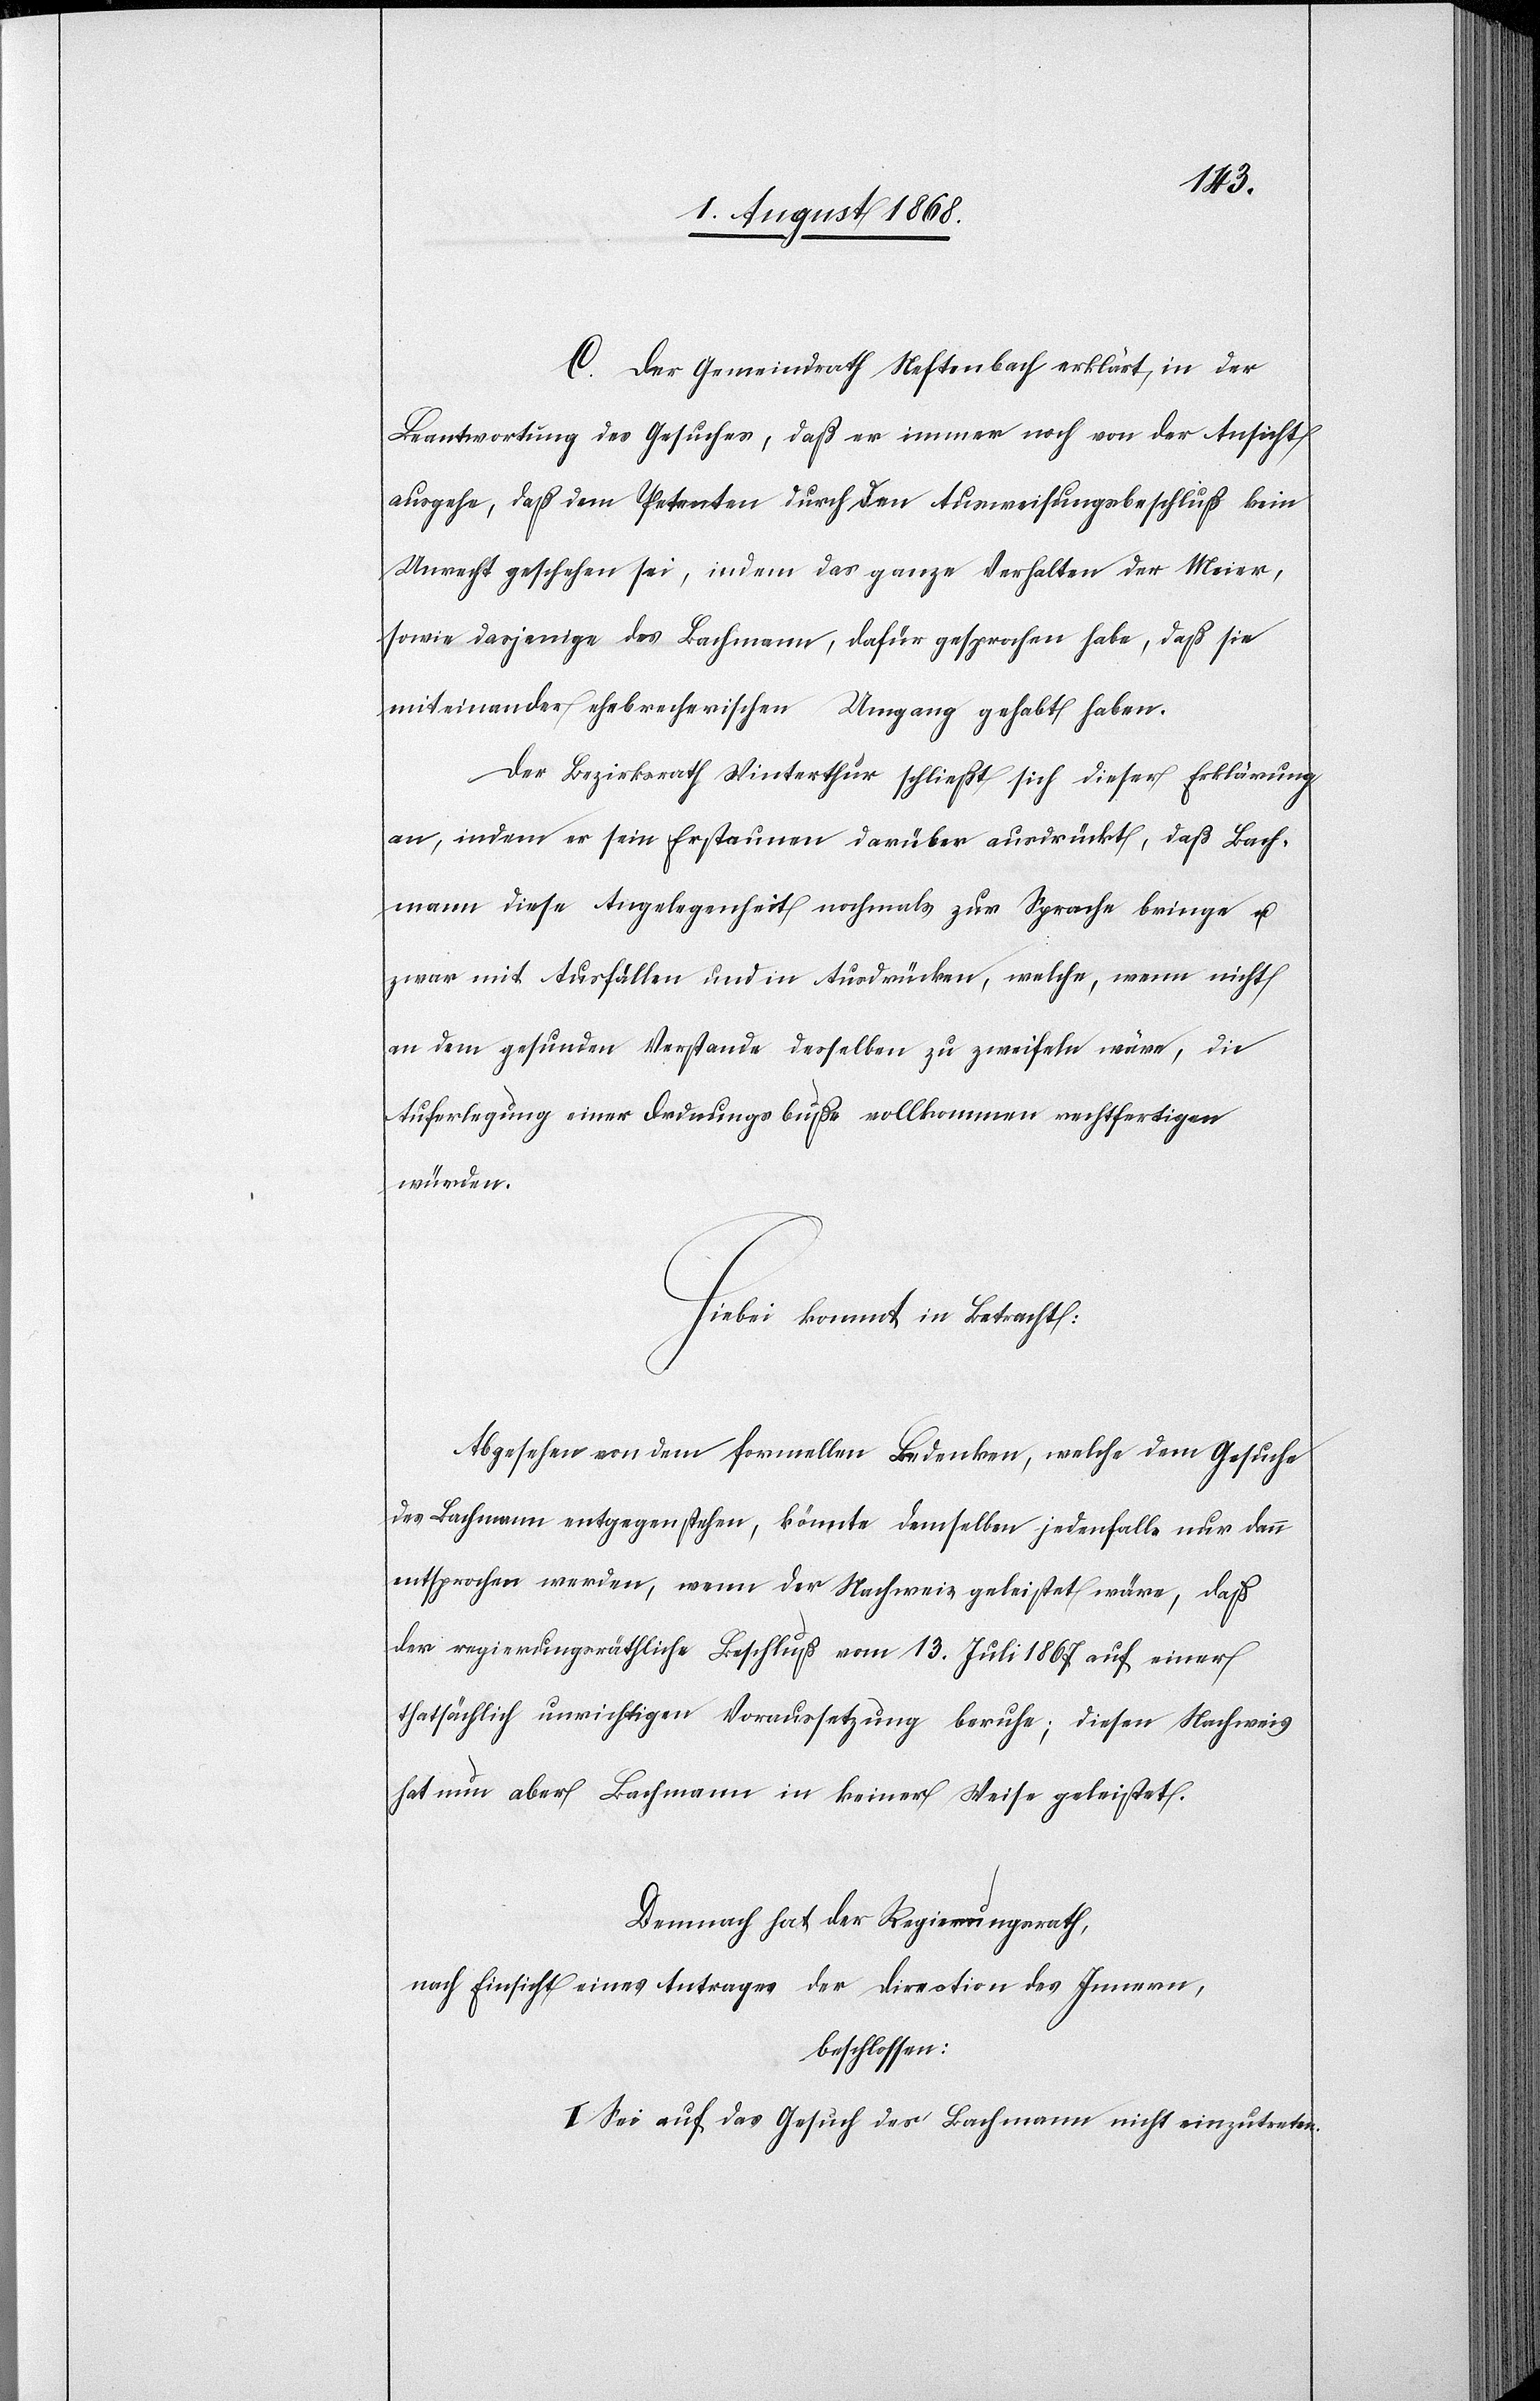
C. Der Gemeindrath Neftenbach erklärt, in der
Beantwortung des Gesuches, daß er immer noch von der Ansicht
ausgehe, daß dem Petenten durch den Ausweisungsbeschluß kein
Unrecht geschehen sei, indem das ganze Verhalten der Meier,
sowie dasjenige des Bachmann, dafür gesprochen habe, daß sie
miteinander ehebrecherischen Umgang gehabt haben.
Der Bezirksrath Winterthur schließt sich dieser Erklärung
an, indem er sein Erstaunen darüber ausdrückt, daß Bach¬
mann diese Angelegenheit nochmals zur Sprache bringe u.
zwar mit Ausfällen und in Ausdrücken, welche, wenn nicht
an dem gesunden Verstande desselben zu zweifeln wäre, die
Auferlegung einer Ordnungsbuße vollkommen rechtfertigen
würden.
Hiebei kommt in Betracht:
Abgesehen von dem [sic!] formellen Bedenken, welche dem Gesuche
des Bachmann entgegenstehen, könnte demselben jedenfalls nur dann
entsprochen werden, wenn der Nachweis geleistet wäre, daß
der regierungsräthliche Beschluß vom 13. Juli 1867 auf einer
thatsächlich unrichtigen Voraussetzung beruhe; diesen Nachweis
hat nun aber Bachmann in keiner Weise geleistet.
Demnach hat der Regierungsrath,
nach Einsicht eines Antrages der Direction des Innern,
beschlossen:
I. Sei auf das Gesuch des Bachmann nicht einzutreten.